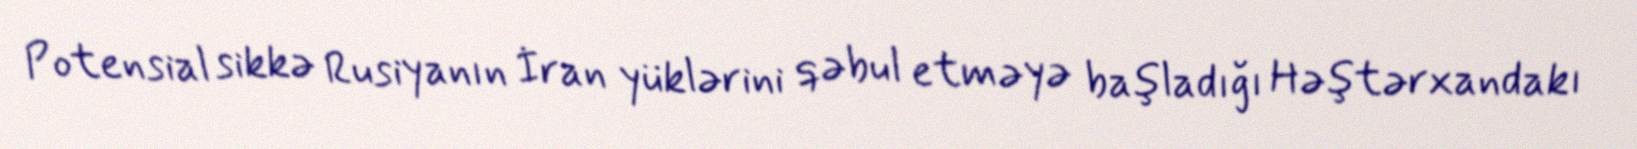
Potensial sikkə Rusiyanın İran yüklərini qəbul etməyə başladığı Həştərxandakı